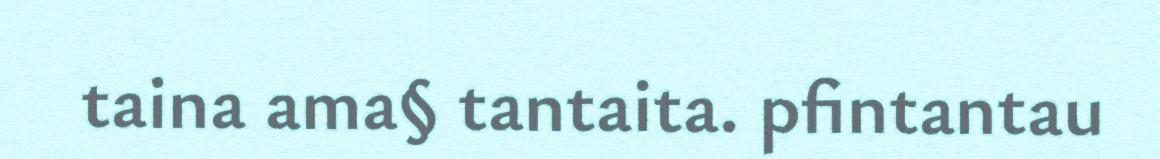
taina ama§ tantaita. pfintantau